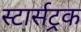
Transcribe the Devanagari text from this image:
स्टार्सट्रक